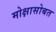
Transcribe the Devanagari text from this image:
मोक्षासोबत